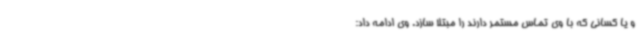
و یا کسانی که با وی تماس مستمر دارند را مبتلا سازد. وی ادامه داد: